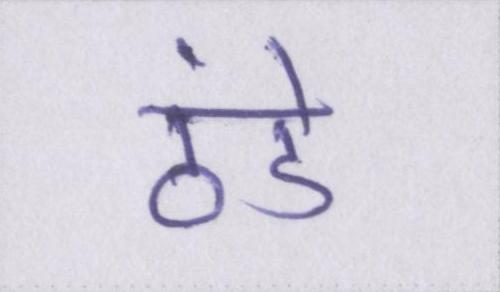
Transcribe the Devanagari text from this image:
ठंडे